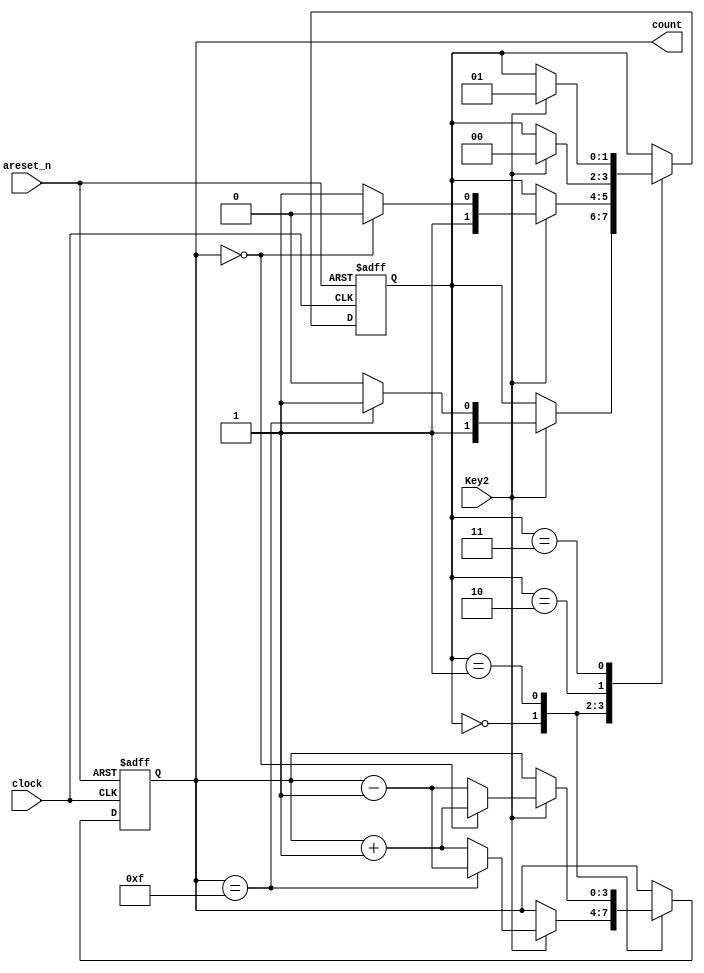
module solucion_mealy_2024 (
    clock,areset_n,Key2, count);

    input clock;
    input areset_n;
    input Key2;
    output reg [3:0] count;

reg [1:0] fstate;
parameter IDLE1=2'b00,IDLE2=2'b01,REPOSO1=2'b10,REPOSO2=2'b11;

always @ (posedge clock or negedge areset_n)
    if (!areset_n) 
        begin
            fstate <= 2'b00;
            count <= 4'b0000;
        end
    else
        case (fstate)
            IDLE1: 
                if (Key2)
                    if (count==4'b1111)
                    begin
                        fstate <= REPOSO2;
                        count <= count - 4'b1;
                    end
                    else
                    begin
                        fstate <= REPOSO1;
                        count <= count + 4'b1;
                    end

            IDLE2: 
                if (Key2)
                    if (count==4'b0000)
                    begin
                        fstate <= REPOSO1;
                        count <= count + 4'b1;
                    end
                    else
                    begin
                        fstate <= REPOSO2;
                        count <= count - 4'b1;
                    end
            REPOSO1: 
                if (Key2)
                    fstate <= IDLE1;  
            REPOSO2:        
                if (Key2)
                    fstate <= IDLE2;
				
            default:
                fstate <= IDLE1;	
        endcase

endmodule // idea_kit